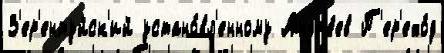
З'ер'ентуйск'ий устано́вл'енному Андр'е́ев П'ер'ехо́д